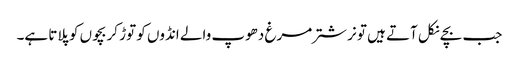
جب بچے نکل آتے ہیں تو نر شتر مرغ دھوپ والے انڈوں کو توڑ کر بچوں کو پلاتا ہے۔